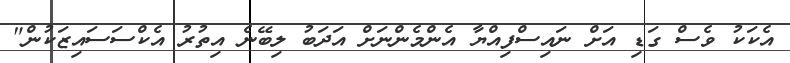
އެކަކު ވެސް ގަޑި އަށް ނައިސްފިއްޔާ އެންމެންނަށް އަދަބު ލިބޭނެ އިތުރު އެކްސަސައިޒަކުން"